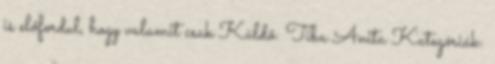
is előfordul, hogy valamit csak Küldő: Tiba Anita Kategóriák: